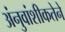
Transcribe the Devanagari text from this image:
अंनुवांशीकतेने